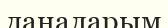
даналарым